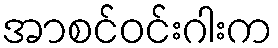
အာစင်ဝင်းဂါးက